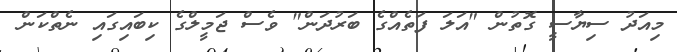
މިއަދު ސިޔާސީ ގޮތުން "އަލަ ފަތެއްގެ ބަރުދަން" ވެސް ޖަމީލްގެ ކިބައިގައި ނެތްކަން